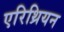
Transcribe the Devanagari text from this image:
एरिथ्रियन